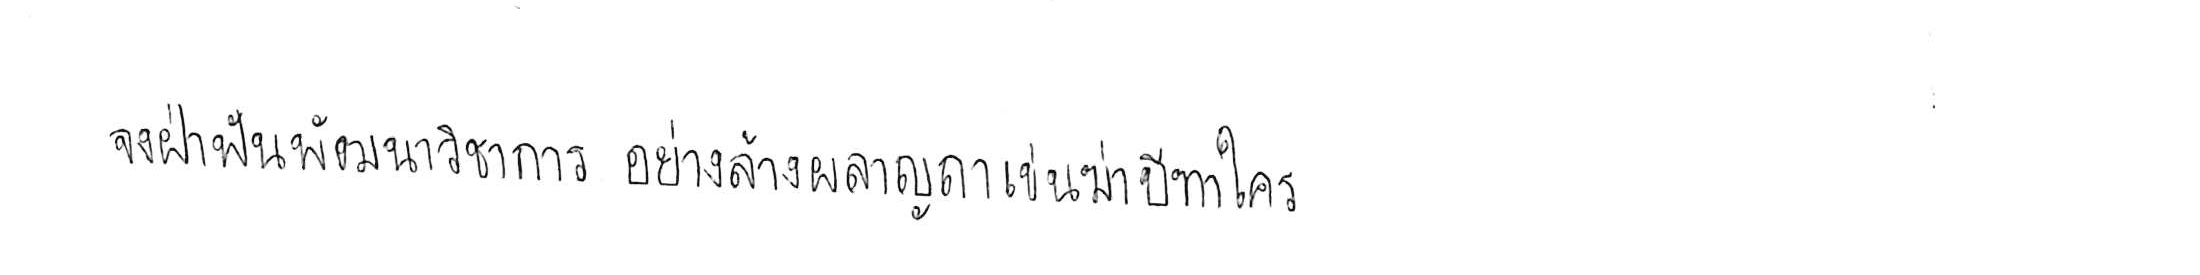
จงฝ่าฟันพัฒนาวิชาการ อย่าล้างผลาญฤๅเข่นฆ่าบีฑาใคร